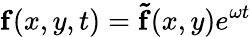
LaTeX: \mathbf{f}(x,y,t)=\mathbf{\tilde{f}}(x,y)e^{\omega t}